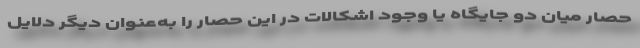
حصار میان دو جایگاه یا وجود اشکالات در این حصار را به‌عنوان دیگر دلایل